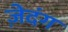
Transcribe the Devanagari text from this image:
ज़ेदंग